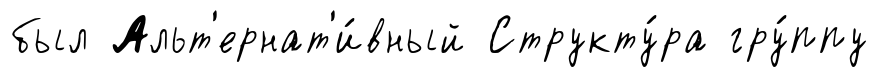
был Альт'ернат'и́вный Структу́ра гру́ппу